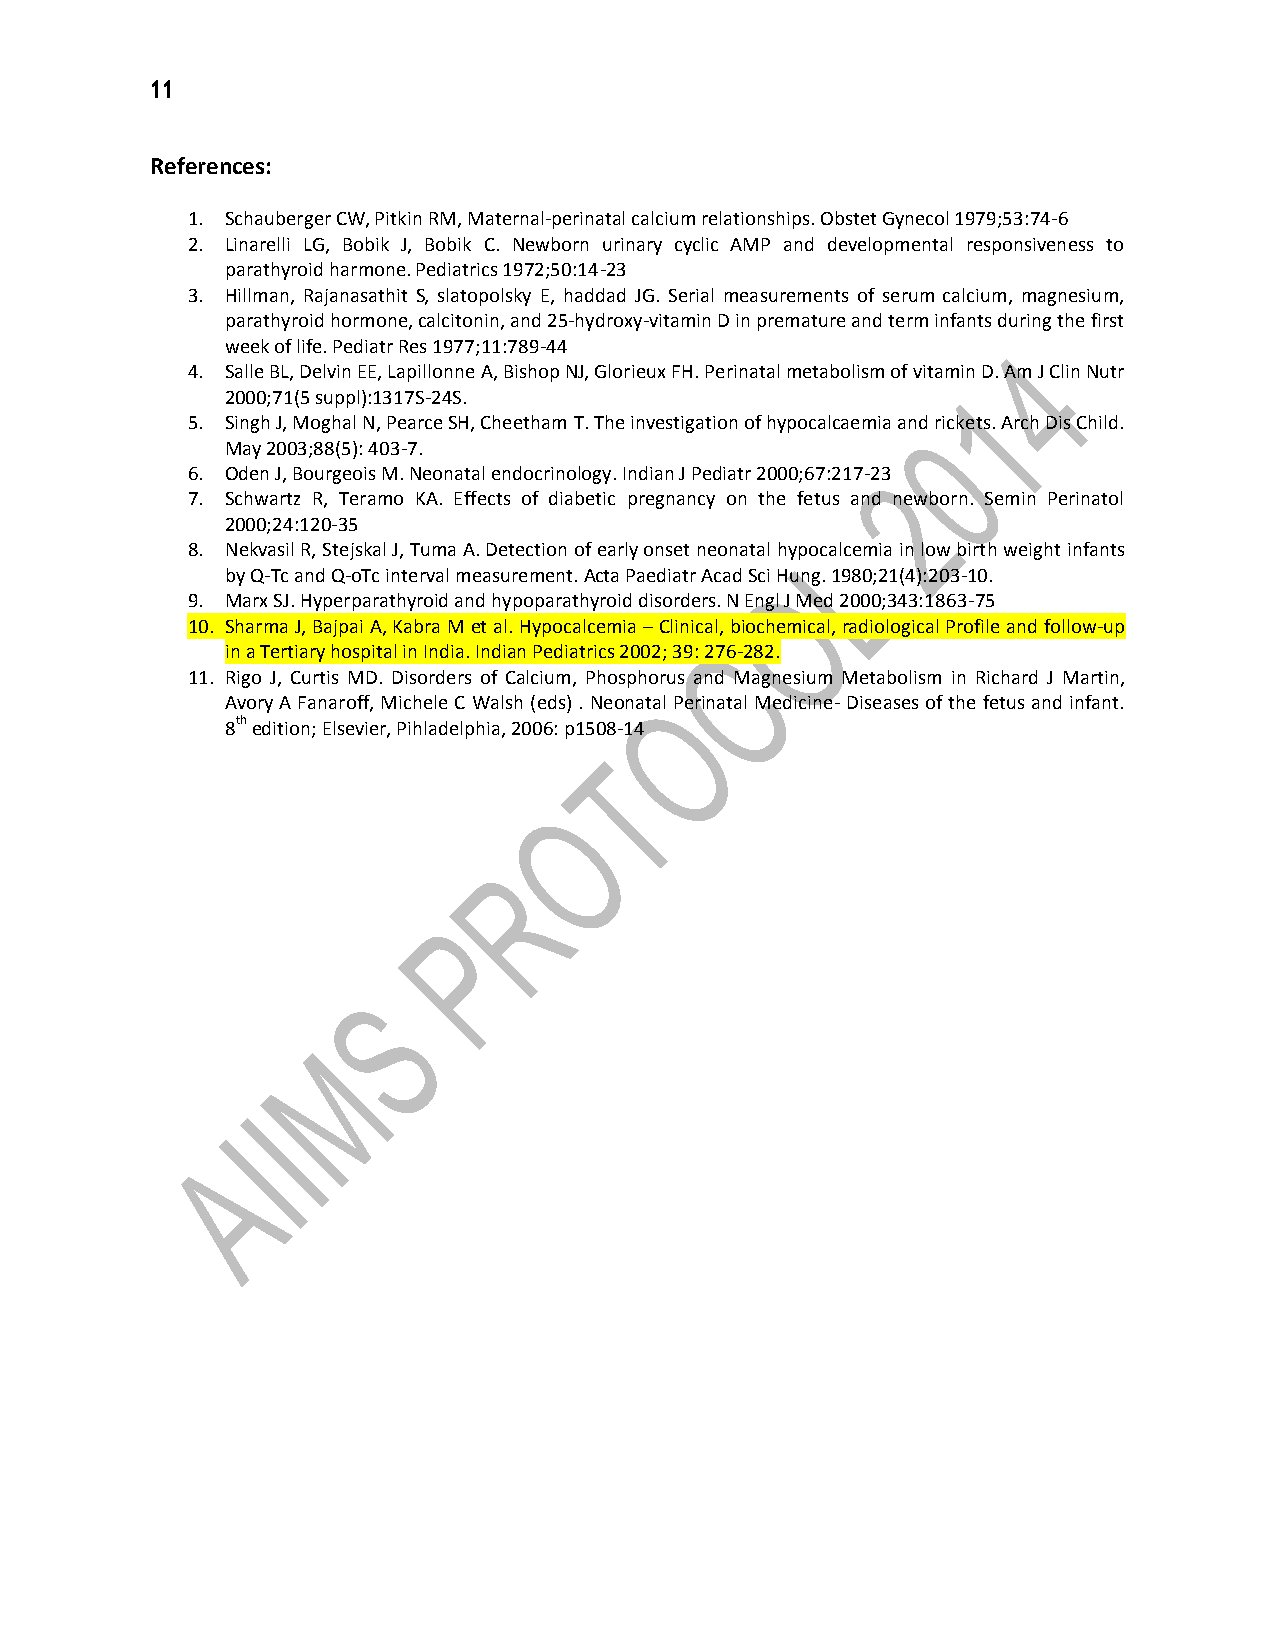
11
 References:
 1. Schauberger CW, Pitkin RM, Maternal-perinatal calcium relationships. Obstet Gynecol 1979;53:74-6
 2. Linarelli LG, Bobik J, Bobik C. Newborn urinary cyclic AMP and developmental responsiveness to
 parathyroid harmone. Pediatrics 1972;50:14-23
 3. Hillman, Rajanasathit S, slatopolsky E, haddad JG. Serial measurements of serum calcium, magnesium,
 parathyroid hormone, calcitonin, and 25-hydroxy-vitamin D in premature and term infants during the first
 week of life. Pediatr Res 1977;11:789-44
 4. Salle BL, Delvin EE, Lapillonne A, Bishop NJ, Glorieux FH. Perinatal metabolism of vitamin D. Am J Clin Nutr
 2000;71(5 suppl):1317S-24S.
 5. Singh J, Moghal N, Pearce SH, Cheetham T. The investigation of hypocalcaemia and rickets. Arch Dis Child.
 May 2003;88(5): 403-7.
 6. Oden J, Bourgeois M. Neonatal endocrinology. Indian J Pediatr 2000;67:217-23
 7. Schwartz R, Teramo KA. Effects of diabetic pregnancy on the fetus and newborn. Semin Perinatol
 2000;24:120-35
 8. Nekvasil R, Stejskal J, Tuma A. Detection of early onset neonatal hypocalcemia in low birth weight infants
 by Q-Tc and Q-oTc interval measurement. Acta Paediatr Acad Sci Hung. 1980;21(4):203-10.
 9. Marx SJ. Hyperparathyroid and hypoparathyroid disorders. N Engl J Med 2000;343:1863-75
 10. Sharma J, Bajpai A, Kabra M et al. Hypocalcemia – Clinical, biochemical, radiological Profile and follow-up
 in a Tertiary hospital in India. Indian Pediatrics 2002; 39: 276-282.
 11. Rigo J, Curtis MD. Disorders of Calcium, Phosphorus and Magnesium Metabolism in Richard J Martin,
 Avory A Fanaroff, Michele C Walsh (eds) . Neonatal Perinatal Medicine- Diseases of the fetus and infant.
 8th edition; Elsevier, Pihladelphia, 2006: p1508-14